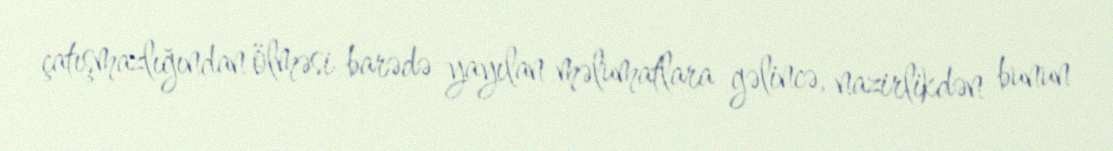
çatışmazlığından ölməsi barədə yayılan məlumatlara gəlincə, nazirlikdən bunun